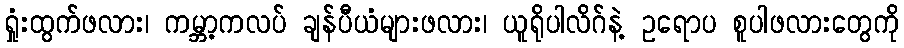
ရှုံးထွက်ဖလား၊ ကမ္ဘာ့ကလပ် ချန်ပီယံများဖလား၊ ယူရိုပါလိဂ်နဲ့ ဥရောပ စူပါဖလားတွေကို